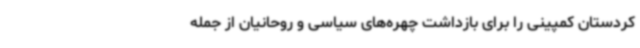
کردستان کمپینی را برای بازداشت چهره‌های سیاسی و روحانیان از جمله